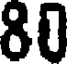
80